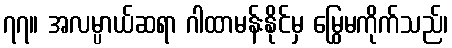
၇၇။ အလမ္ပာယ်ဆရာ ဂါထာမန်းနိုင်မှ မြွေမကိုက်သည်၊